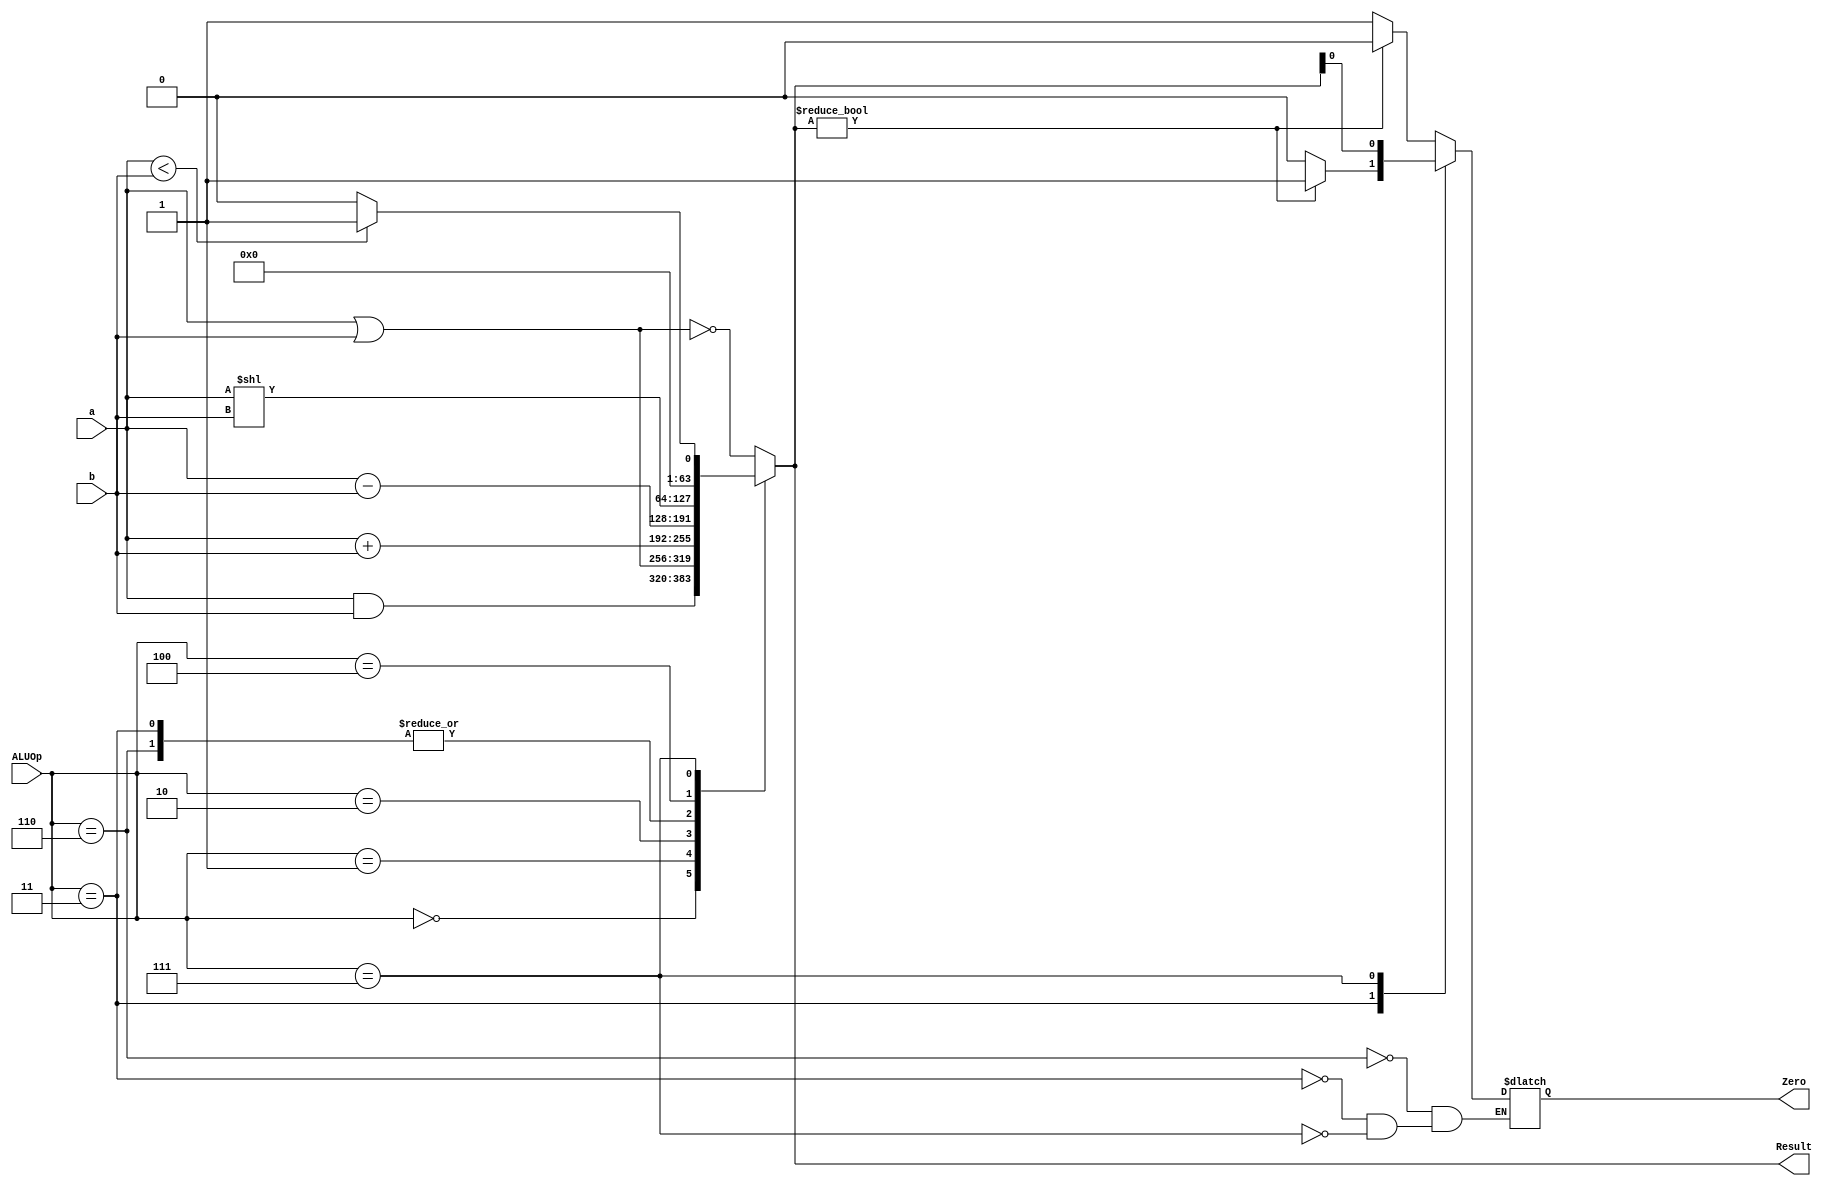
module ALU_64_bit
(
  input [63:0] a,
  input [63:0] b,
  input [3:0] ALUOp,
  output reg [63:0] Result,
  output reg Zero
  
);

always @(*)
    begin
    case({ALUOp})
        4'h0 : Result <= a & b;
        4'h1 : Result <= a | b;
        4'h2 : Result <= a + b;
        4'h6 : Result <= a - b;
	4'h3 : Result <= a - b;
	4'h4 : Result <= a << b;
	4'h7 : Result <= (a < b) ? 1 : 0; // to be checked, ke a < b will return 1.
        default : Result <= ~(a | b);
     endcase
	case(ALUOp)
		4'h6 : Zero = Result?0:1;
		4'h3 : Zero = Result?1:0;
		4'h7 : Zero = Result;
        endcase
    end

endmodule